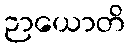
ဉာယောတိ